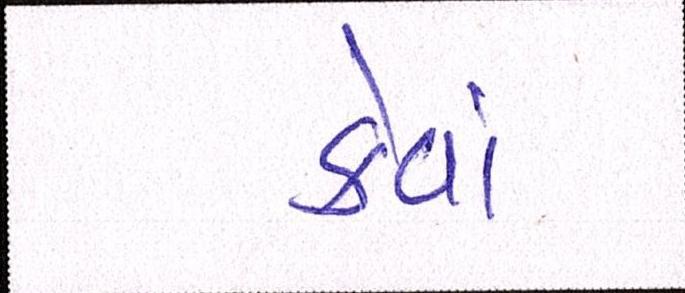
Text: કેવાં